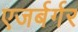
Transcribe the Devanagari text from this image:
एजर्बर्गर